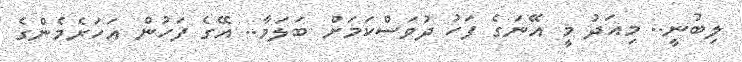
ލިބުނީ.. މިއަދު މީ އޭނަގެ ފަހު ދުވަސްކަމަށް ބަލަމާ.. އޭގެ ފަހުން އަހަރެމެންގެ